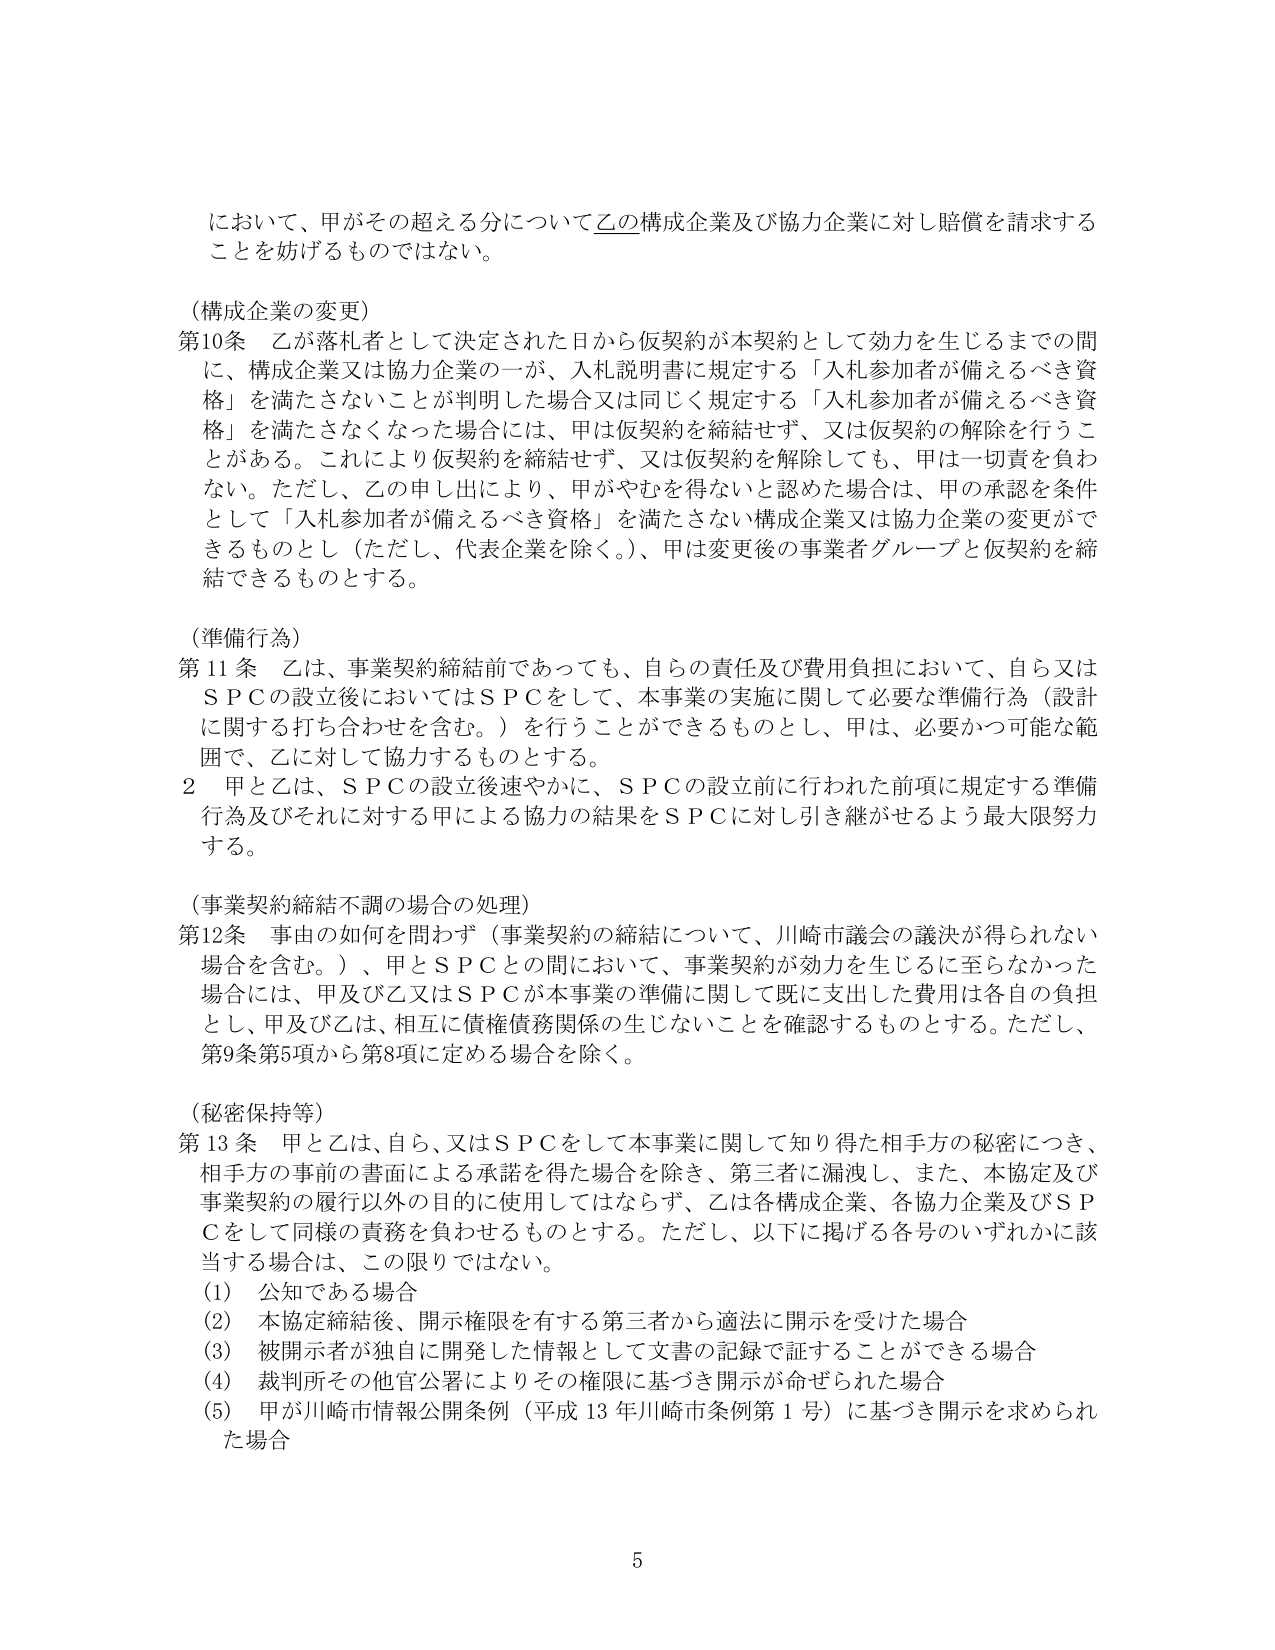
において、甲がその超える分について乙の構成企業及び協力企業に対し賠償を請求することを妨げるものではない。

（構成企業の変更）
第10条 乙が落札者として決定された日から仮契約が本契約として効力を生じるまでの間に、構成企業又は協力企業の一部が、入札説明書に規定する「入札参加者が備えるべき資格」を満たさないことが判明した場合又は同じく規定する「入札参加者が備えるべき資格」を満たさなくなった場合には、甲は仮契約を締結せず、又は仮契約の解除を行うことがある。これにより仮契約を締結せず、又は仮契約を解除しても、甲は一切責を負わない。ただし、乙の申し出により、甲がやむを得ないと認めた場合は、甲の承認を条件として「入札参加者が備えるべき資格」を満たさない構成企業又は協力企業の変更ができるものとし（ただし、代表企業を除く。）、甲は変更後の事業者グループと仮契約を締結できるものとする。

（準備行為）
第11条 乙は、事業契約締結前であっても、自らの責任及び費用負担において、自ら又はＳＰＣの設立後においてはＳＰＣをして、本事業の実施に関して必要な準備行為（設計に関する打ち合わせを含む。）を行うことができるものとし、甲は、必要かつ可能な範囲で、乙に対して協力するものとする。
２ 甲と乙は、ＳＰＣの設立後速やかに、ＳＰＣの設立前に行われた前項に規定する準備行為及びそれに対する甲による協力の結果をＳＰＣに対し引き継がせるよう最大限努力する。

（事業契約締結不調の場合の処理）
第12条 事由の如何を問わず（事業契約の締結について、川崎市議会の議決が得られない場合を含む。）、甲とＳＰＣとの間において、事業契約が効力を生じるに至らなかった場合には、甲及び乙又はＳＰＣが本事業の準備に関して既に支出した費用は各自の負担とし、甲及び乙は、相互に債権債務関係の生じないことを確認するものとする。ただし、第9条第5項から第8項に定める場合を除く。

（秘密保持等）
第13条 甲と乙は、自ら、又はＳＰＣをして本事業に関して知り得た相手方の秘密につき、相手方の事前の書面による承諾を得た場合を除き、第三者に漏洩し、また、本協定及び事業契約の履行以外の目的に使用してはならず、乙は各構成企業、各協力企業及びＳＰＣをして同様の責務を負わせるものとする。ただし、以下に掲げる各号のいずれかに該当する場合は、この限りではない。
(1) 公知である場合
(2) 本協定締結後、開示権限を有する第三者から適法に開示を受けた場合
(3) 被開示者が独自に開発した情報として文書の記録で証することができる場合
(4) 裁判所その他官公署によりその権限に基づき開示が命ぜられた場合
(5) 甲が川崎市情報公開条例（平成13年川崎市条例第1号）に基づき開示を求められた場合

5